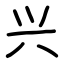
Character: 兴